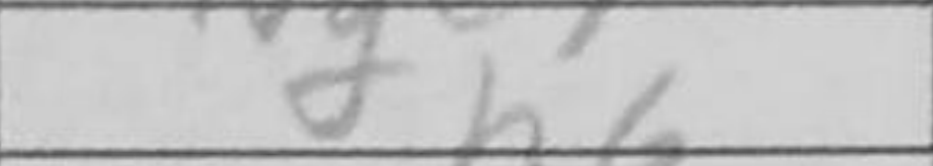
Transcription: h6